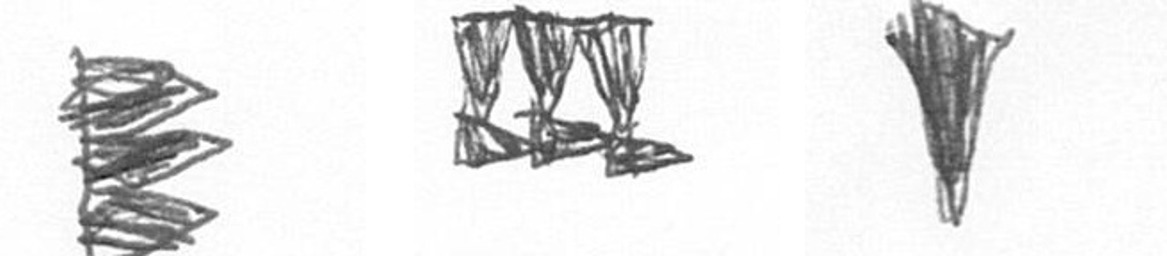
H D J